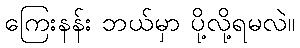
ကြေးနန်း ဘယ်မှာ ပို့လို့ရမလဲ။